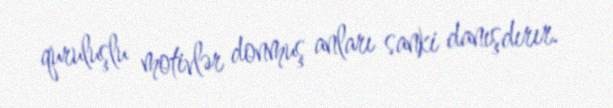
quruluşlu motivlər donmuş anları sanki danışdırır.